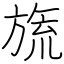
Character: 旒